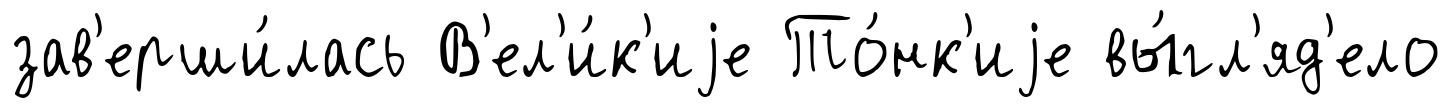
зав'ерши́лась В'ел'и́к'иjе То́нк'иjе вы́гл'яд'ело